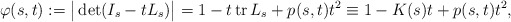
\begin{align*} \varphi(s,t):=\big|\det (I_s-t L_s)\big|=1- t \mathop{\mathrm{tr}}L_s +p(s,t)t^2\equiv1-K(s) t +p(s,t)t^2,\end{align*}